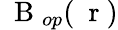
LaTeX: \mathrm{~\mathbf~B~}_{op}(\mathrm{~\mathbf~r~})